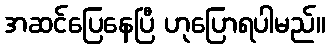
အဆင်ပြေနေပြီ ဟုပြောရပါမည်။